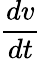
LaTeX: \frac{dv}{dt}